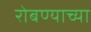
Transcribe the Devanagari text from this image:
रोबण्याच्या